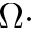
\Omega \cdot